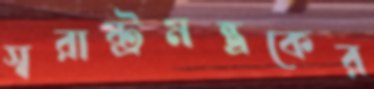
স্বরাষ্ট্রমন্ত্রকের